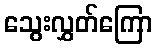
သွေးလွှတ်ကြော